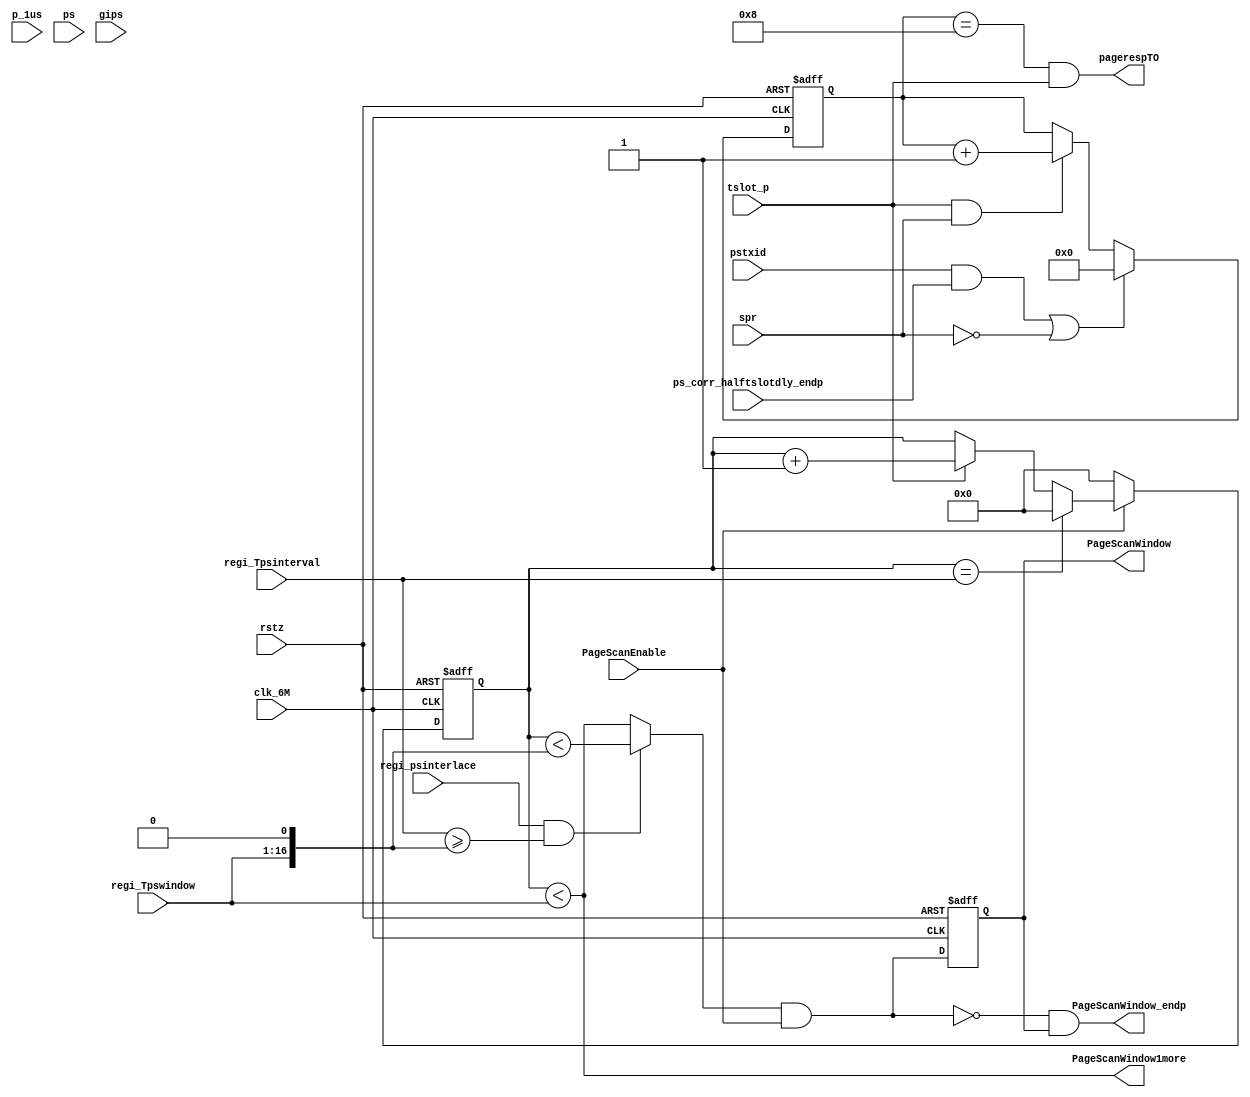
//
// 2019/05/09
// Link Controller : core5.1 Spec Chapter 8.3.1 Page Scan substate
//

module ps_ctrl(
clk_6M, rstz, tslot_p, p_1us,
regi_Tpsinterval, regi_Tpswindow,
regi_psinterlace,
PageScanEnable,
ps, gips, spr,
pstxid, ps_corr_halftslotdly_endp,
//
PageScanWindow,
pagerespTO,
PageScanWindow1more,
PageScanWindow_endp
);

input clk_6M, rstz, tslot_p, p_1us;
input [15:0] regi_Tpsinterval, regi_Tpswindow;
input regi_psinterlace;
input PageScanEnable;
input ps, gips, spr;
input pstxid, ps_corr_halftslotdly_endp;
//
output PageScanWindow;
output pagerespTO;
output PageScanWindow1more;
output PageScanWindow_endp;

reg [15:0] pswindow_counter_tslot;
always @(posedge clk_6M or negedge rstz)
begin
  if (!rstz)
     pswindow_counter_tslot <= 0;
  else if (!PageScanEnable)
     pswindow_counter_tslot <= 0;
  else if (pswindow_counter_tslot==regi_Tpsinterval)
     pswindow_counter_tslot <= 0;
//  else if (pagerespTO)
//     pswindow_counter_tslot <= 0;
  else if (tslot_p)
     pswindow_counter_tslot <= pswindow_counter_tslot + 1'b1;
end

wire NorPageScanWindow = (pswindow_counter_tslot < regi_Tpswindow);

wire InterPageScanWindow = (pswindow_counter_tslot < {regi_Tpswindow,1'b0}) ;

assign PageScanWindow_raw =  regi_psinterlace & (regi_Tpsinterval >= {regi_Tpswindow,1'b0}) ? InterPageScanWindow : NorPageScanWindow;

wire PageScanWindow_t = PageScanWindow_raw & PageScanEnable;  //(ps | gips) ;
//
reg PageScanWindow_d1;
always @(posedge clk_6M or negedge rstz)
begin
  if (!rstz)
     PageScanWindow_d1 <= 0;
  else 
     PageScanWindow_d1 <= PageScanWindow_t;
end

assign PageScanWindow_endp = !PageScanWindow_t & PageScanWindow_d1;
assign PageScanWindow = PageScanWindow_d1;

reg [3:0] pagerespTO_count;
always @(posedge clk_6M or negedge rstz)
begin
  if (!rstz)
     pagerespTO_count <= 0;
  else if ((pstxid & ps_corr_halftslotdly_endp) | (!spr))
     pagerespTO_count <= 0;
  else if (tslot_p & spr)
     pagerespTO_count <= pagerespTO_count + 1'b1;
end

assign pagerespTO = (pagerespTO_count==4'h8) & tslot_p;

assign PageScanWindow1more = NorPageScanWindow;

endmodule